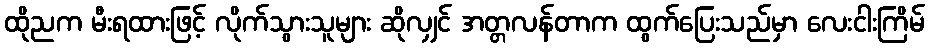
ထိုညက မီးရထားဖြင့် လိုက်သွားသူများ ဆိုလျှင် အတ္တလန်တာက ထွက်ပြေးသည်မှာ လေးငါးကြိမ်